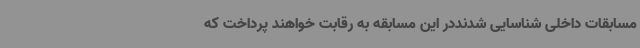
مسابقات داخلی شناسایی شدنددر این مسابقه به رقابت خواهند پرداخت که